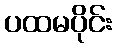
ပထမပိုင်း